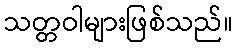
သတ္တဝါများဖြစ်သည်။